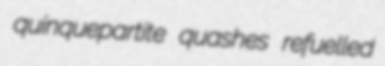
quinquepartite quashes refuelled